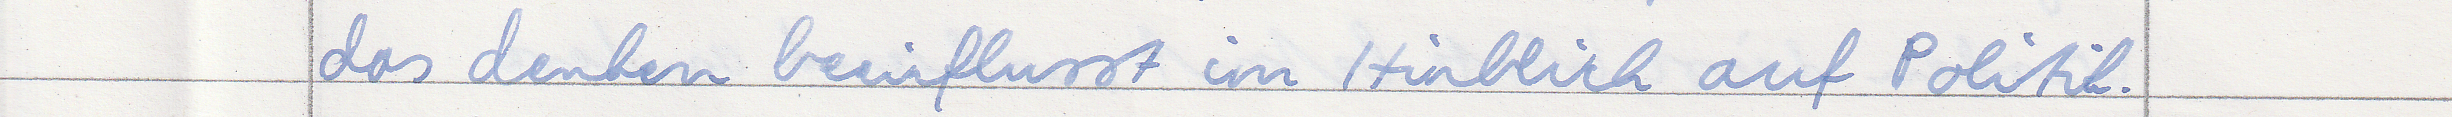
das denken beeinflusst im Hinblick auf Politik.